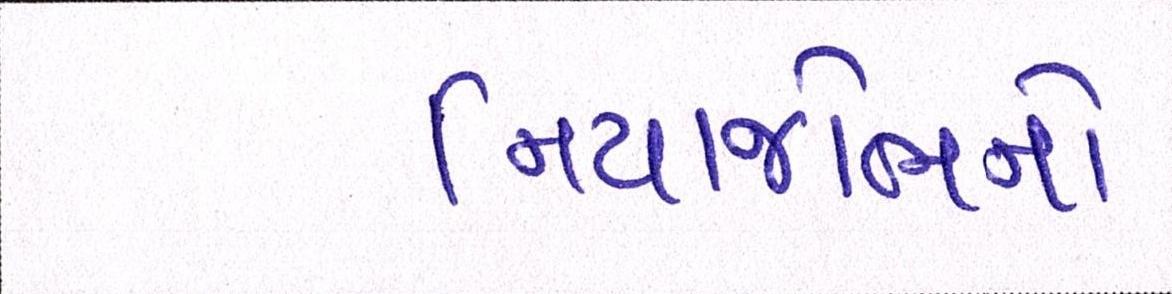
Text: નિયાજોભનો